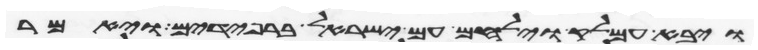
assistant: ויבא עמלק וילחם עם ישראל ברפידים ויאמר